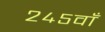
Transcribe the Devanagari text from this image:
२४५वाँ